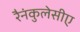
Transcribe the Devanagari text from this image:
रैनंकुलेसीए